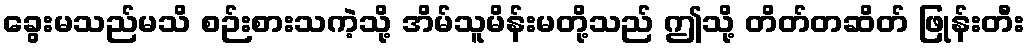
ခွေးမသည်မသိ စဉ်းစားသကဲ့သို့ အိမ်သူမိန်းမတို့သည် ဤသို့ တိတ်တဆိတ် ဖြုန်းတီး